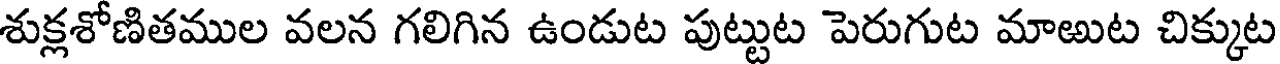
శుక్లశోణితముల వలన గలిగిన ఉండుట పుట్టుట పెరుగుట మాఱుట చిక్కుట